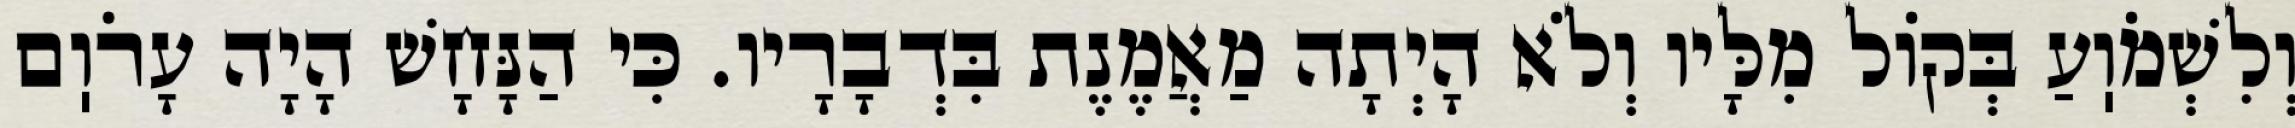
וְלִשְׁמֹוֽעַ בְּקוֹל מִלָּיו וְלֹא הָיְתָה מַאֲמֶנֶת בִּדְבָרָיו. כִּי הַנָּחָשׁ הָיָה עָרֹוֽם